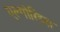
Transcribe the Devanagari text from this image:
एल्गोरिद्म्स